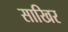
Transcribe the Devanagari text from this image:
साखिर